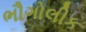
ભૌગોલીક